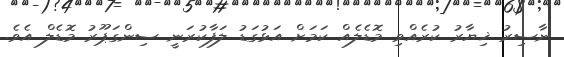
ނާސިރު ޚިޔާރު ކުރެއްވި މޮޑެލެއް ކަމަށް އަޅުގަޑު ލަފާކުރަނީ ސިންގަޕޫރު މޮޑެލް އެވެ.